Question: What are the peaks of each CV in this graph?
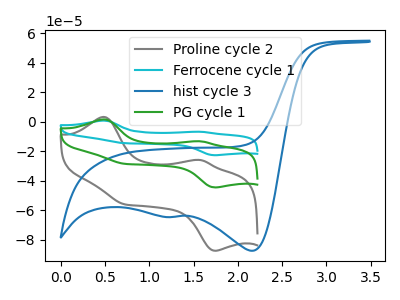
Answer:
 <answer>The gray curve "Proline cycle 2" has anodic peaks at (0.50V, 3.35uA) (1.60V, -25.95uA) and cathodic peaks at (1.75V, -87.45uA) (0.70V, -55.90uA). The cyan curve "Ferrocene cycle 1" has anodic peaks at (0.50V, 3.40uA) (1.60V, -26.40uA) and cathodic peaks at (1.75V, -88.95uA) (0.70V, -56.85uA). The blue curve "hist cycle 3" has cathodic peaks at (2.15V, -87.45uA) (1.25V, -64.55uA). The green curve "PG cycle 1" has anodic peaks at (0.50V, 1.70uA) (1.60V, -13.20uA) and cathodic peaks at (1.75V, -44.45uA) (0.70V, -28.45uA).</answer>
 <eval></eval>